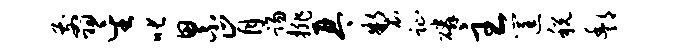
翦星叱累肯踢排琴制趾磷主筐税酆